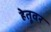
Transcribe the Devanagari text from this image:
हेतूवर